Lunatic asylums Central Provinces reports 1874-1885 - 1874-1885
Year: 1874
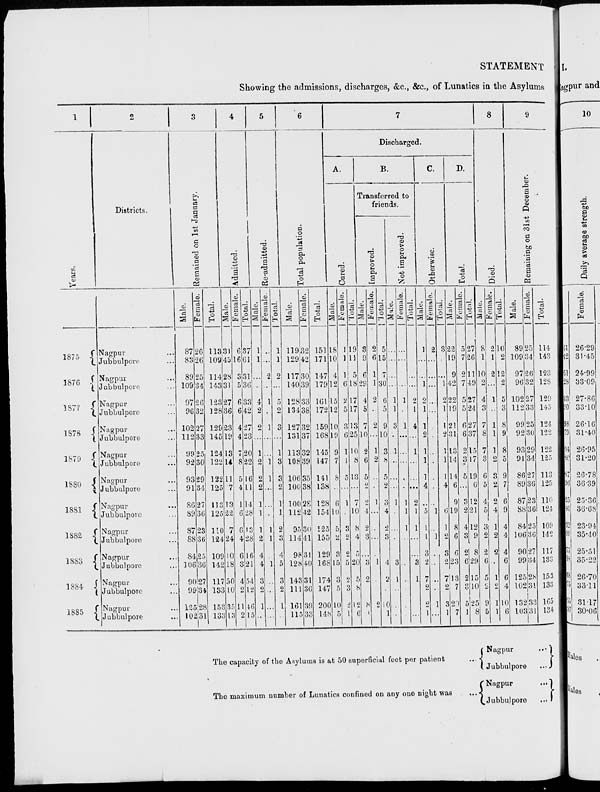
STATEMENT
Showing the admissions, discharges, &c., &c., of Lunatics in the Asylums
1
Years.
1875
1876
1877
1878
1879
1880
1881
1882
1883
1884.
1885
2
Districts.
Nagpur ...
Jubbulpore ...
Nagpur ...
Jubbulpore ...
Nagpur ...
Jubbulpore ...
Nagpur ...
Jubbulpore ...
Nagpur ...
Jubbulpore ...
Nagpur ...
Jubbulpore ...
Nagpur ...
Jubbulpore ...
Nagpur ...
Jubbulpore ...
Nagpur ...
Jubbulpore ...
Nagpur ...
Jubbulpore ...
Nagpur ...
Jubbulpore ...
3
Remained on 1st January.
Male.
87
83
89
109
97
96
102
112
99
92
93
91
86
89
87
88
84
106
90
99
125
102
Female.
26
26
25
34
26
32
27
33
25
30
29
34
27
36
23
36
25
36
27
34
28
31
Total.
113
109
114
143
123
128
129
145
124
122
122
125
113
125
110
124
109
142
117
133
153
133
4
Admitted.
Male.
31
45
28
31
27
36
23
19
13
14
11
7
13
22
7
24
10
18
50
10
35
13
Female.
6
16
3
5
6
6
4
4
7
8
5
4
1
6
6
4
6
3
4
2
11
2
Total.
37
61
31
36
33
42
27
23
20
22
16
11
14
28
13
28
16
21
54
12
46
15
5
Re-admitted.
Male.
1
1
...
...
4
2
2
...
1
2
2
2
1
1
1
2
4
4
3
2
1
...
Female.
...
...
2
...
1
...
1
...
...
1
1
...
...
...
1
1
...
1
...
...
...
...
Total.
1
1
2
...
5
2
3
...
1
3
3
2
1
1
2
3
4
5
3
2
1
...
6
Total population.
Male.
119
129
117
140
128
134
127
131
113
108
106
100
100
112
95
114
98
128
143
111
161
115
Female.
32
42
30
39
33
38
32
37
32
39
35
38
28
42
30
41
31
40
31
36
39
33
Total.
151
171
147
179
161
172
159
168
145
147
141
138
128
154
125
155
129
168
174
147
200
148
7
Discharged.
A.
Cured.
Male.
18
10
4
12
15
12
10
19
9
7
8
...
6
10
5
2
3
15
3
5
10
5
Female.
1
1
1
6
2
5
3
6
1
1
5
...
1
...
3
2
2
5
2
3
2
1
Total.
19
11
5
18
17
17
13
25
10
8
13
...
7
10
8
4
5
20
5
8
12
6
B.
Transferred to
friends.
Improved.
Male.
3
9
6
29
4
5
7
10
2
6
5
2
2
4
2
3
...
3
2
...
8
1
Female.
2
6
1
1
2
...
2
...
1
2
...
...
1
...
...
...
...
1
...
...
2
...
Total.
5
15
7
30
6
5
9
10
3
8
5
2
3
4
2
3
...
4
2
...
10
1
Not improved.
Male.
...
...
...
...
1
1
3
...
1
...
...
...
1
...
...
...
...
3
1
...
...
...
Female.
...
...
...
...
1
...
1
...
...
...
...
...
1
1
1
...
...
...
...
...
...
...
Total.
...
...
...
...
2
1
4
...
1
...
...
...
2
1
1
...
...
3
1
...
...
...
C.
Otherwise.
Male.
1
...
...
1
2
1
1
2
1
1
1
4
...
5
1
1
3
2
7
2
2
1
Female.
2
...
...
...
...
...
...
...
...
...
...
...
...
1
...
1
...
...
...
...
1
...
Total.
3
...
1
2
1
1
2
1
1
1
4
...
6
1
2
3
2
7
2
3
1
D.
Total.
Male.
22
19
9
42
22
19
21
31
13
14
14
6
9
19
8
6
6
23
13
7
20
7
Female.
5
7
2
7
5
5
6
6
2
3
5
...
3
2
4
3
2
6
2
3
5
1
Total.
27
26
11
49
27
24
27
37
15
17
19
6
12
21
12
9
8
29
15
10
25
8
8
Died.
Male.
8
1
10
2
4
3
7
8
7
3
6
5
4
5
3
2
2
6
5
2
9
5
Female.
2
1
2
...
1
...
1
1
1
9
3
2
2
4
1
2
2
...
1
2
1
1
Total.
10
2
12
2
5
3
8
9
8
5
9
7
6
9
4
4
4
6
6
4
10
6
9
Remaining on 31st December.
Male.
89
109
97
96
102
112
99
92
93
91
86
89
87
88
84
106
90
99
125
102
132
103
Female.
25
34
26
32
27
33
25
30
29
34
27
36
23
36
25
30
27
34
28
31
33
31
Total.
114
143
123
128
129
145
124
122
122
125
113
125
110
124
109
142
117
133
153
133
165
134
The capacity of the Asylums is at 50 superficial feet per patient ...
The maximum number of Lunatics confined on any one night was ...
Nagpur
...
Jubbulpore
...
Nagpur
...
Jubbulpore
...